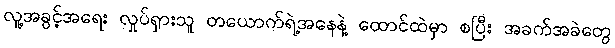
လူ့အခွင့်အရေး လှုပ်ရှားသူ တယောက်ရဲ့အနေနဲ့ ထောင်ထဲမှာ စပြီး အခက်အခဲတွေ